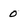
Character: 0